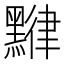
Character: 𪑯